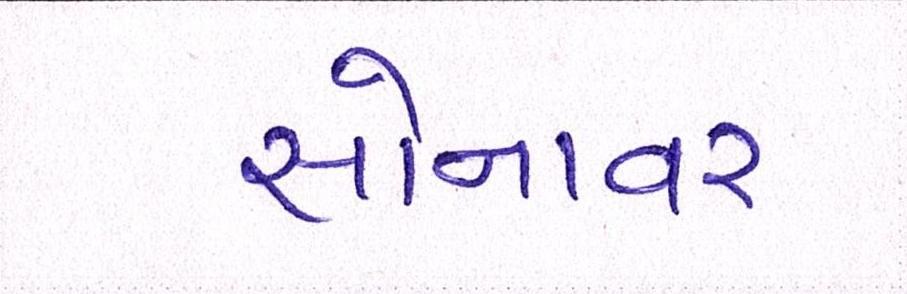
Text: સોનાવર